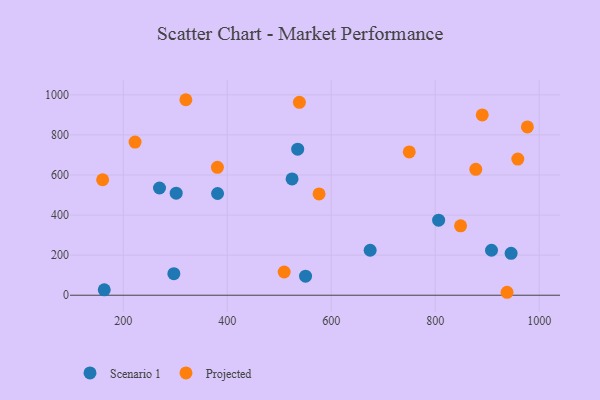
{"axis": {"x": "Study Hours", "y": "Fuel Efficiency"}, "legend": ["Projected", "Scenario 1"], "data": [{"x": "163.4", "y": 26.8, "type": "Scenario 1"}, {"x": "535.5", "y": 729.1, "type": "Scenario 1"}, {"x": "297.3", "y": 107.7, "type": "Scenario 1"}, {"x": "301.8", "y": 509.2, "type": "Scenario 1"}, {"x": "806.6", "y": 374.6, "type": "Scenario 1"}, {"x": "269.7", "y": 535.2, "type": "Scenario 1"}, {"x": "674.9", "y": 224.4, "type": "Scenario 1"}, {"x": "908.3", "y": 224.5, "type": "Scenario 1"}, {"x": "550.6", "y": 95.2, "type": "Scenario 1"}, {"x": "946.0", "y": 208.9, "type": "Scenario 1"}, {"x": "524.7", "y": 580.3, "type": "Scenario 1"}, {"x": "381.4", "y": 507.8, "type": "Scenario 1"}, {"x": "750.1", "y": 715.0, "type": "Projected"}, {"x": "878.1", "y": 628.5, "type": "Projected"}, {"x": "381.1", "y": 638.1, "type": "Projected"}, {"x": "938.2", "y": 14.7, "type": "Projected"}, {"x": "958.9", "y": 679.3, "type": "Projected"}, {"x": "576.6", "y": 505.6, "type": "Projected"}, {"x": "222.7", "y": 764.2, "type": "Projected"}, {"x": "977.3", "y": 840.0, "type": "Projected"}, {"x": "538.8", "y": 962.6, "type": "Projected"}, {"x": "890.5", "y": 899.8, "type": "Projected"}, {"x": "848.8", "y": 346.4, "type": "Projected"}, {"x": "160.3", "y": 576.4, "type": "Projected"}, {"x": "509.5", "y": 116.0, "type": "Projected"}, {"x": "320.4", "y": 975.7, "type": "Projected"}]}